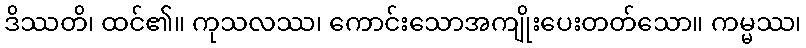
ဒိဿတိ၊ ထင်၏။ ကုသလဿ၊ ကောင်းသောအကျိုးပေးတတ်သော။ ကမ္မဿ၊